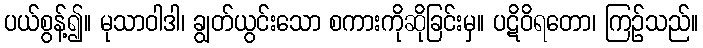
ပယ်စွန့်၍။ မုသာဝါဒါ၊ ချွတ်ယွင်းသော စကားကိုဆိုခြင်းမှ။ ပဋိဝိရတော၊ ကြဉ်သည်။